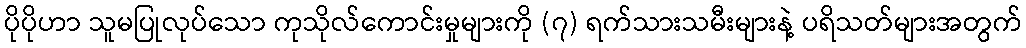
ပိုပိုဟာ သူမပြုလုပ်သော ကုသိုလ်ကောင်းမှုများကို (၇) ရက်သားသမီးများနဲ့ ပရိသတ်များအတွက်